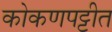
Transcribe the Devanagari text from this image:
कोकणपट्टीत